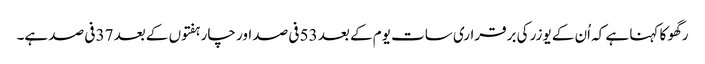
رگھو کا کہنا ہے کہ اُن کے یوزر کی برقراری سات یوم کے بعد 53 فی صد اور چار ہفتوں کے بعد 37 فی صد ہے۔